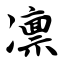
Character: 凛